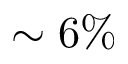
\sim 6 \%